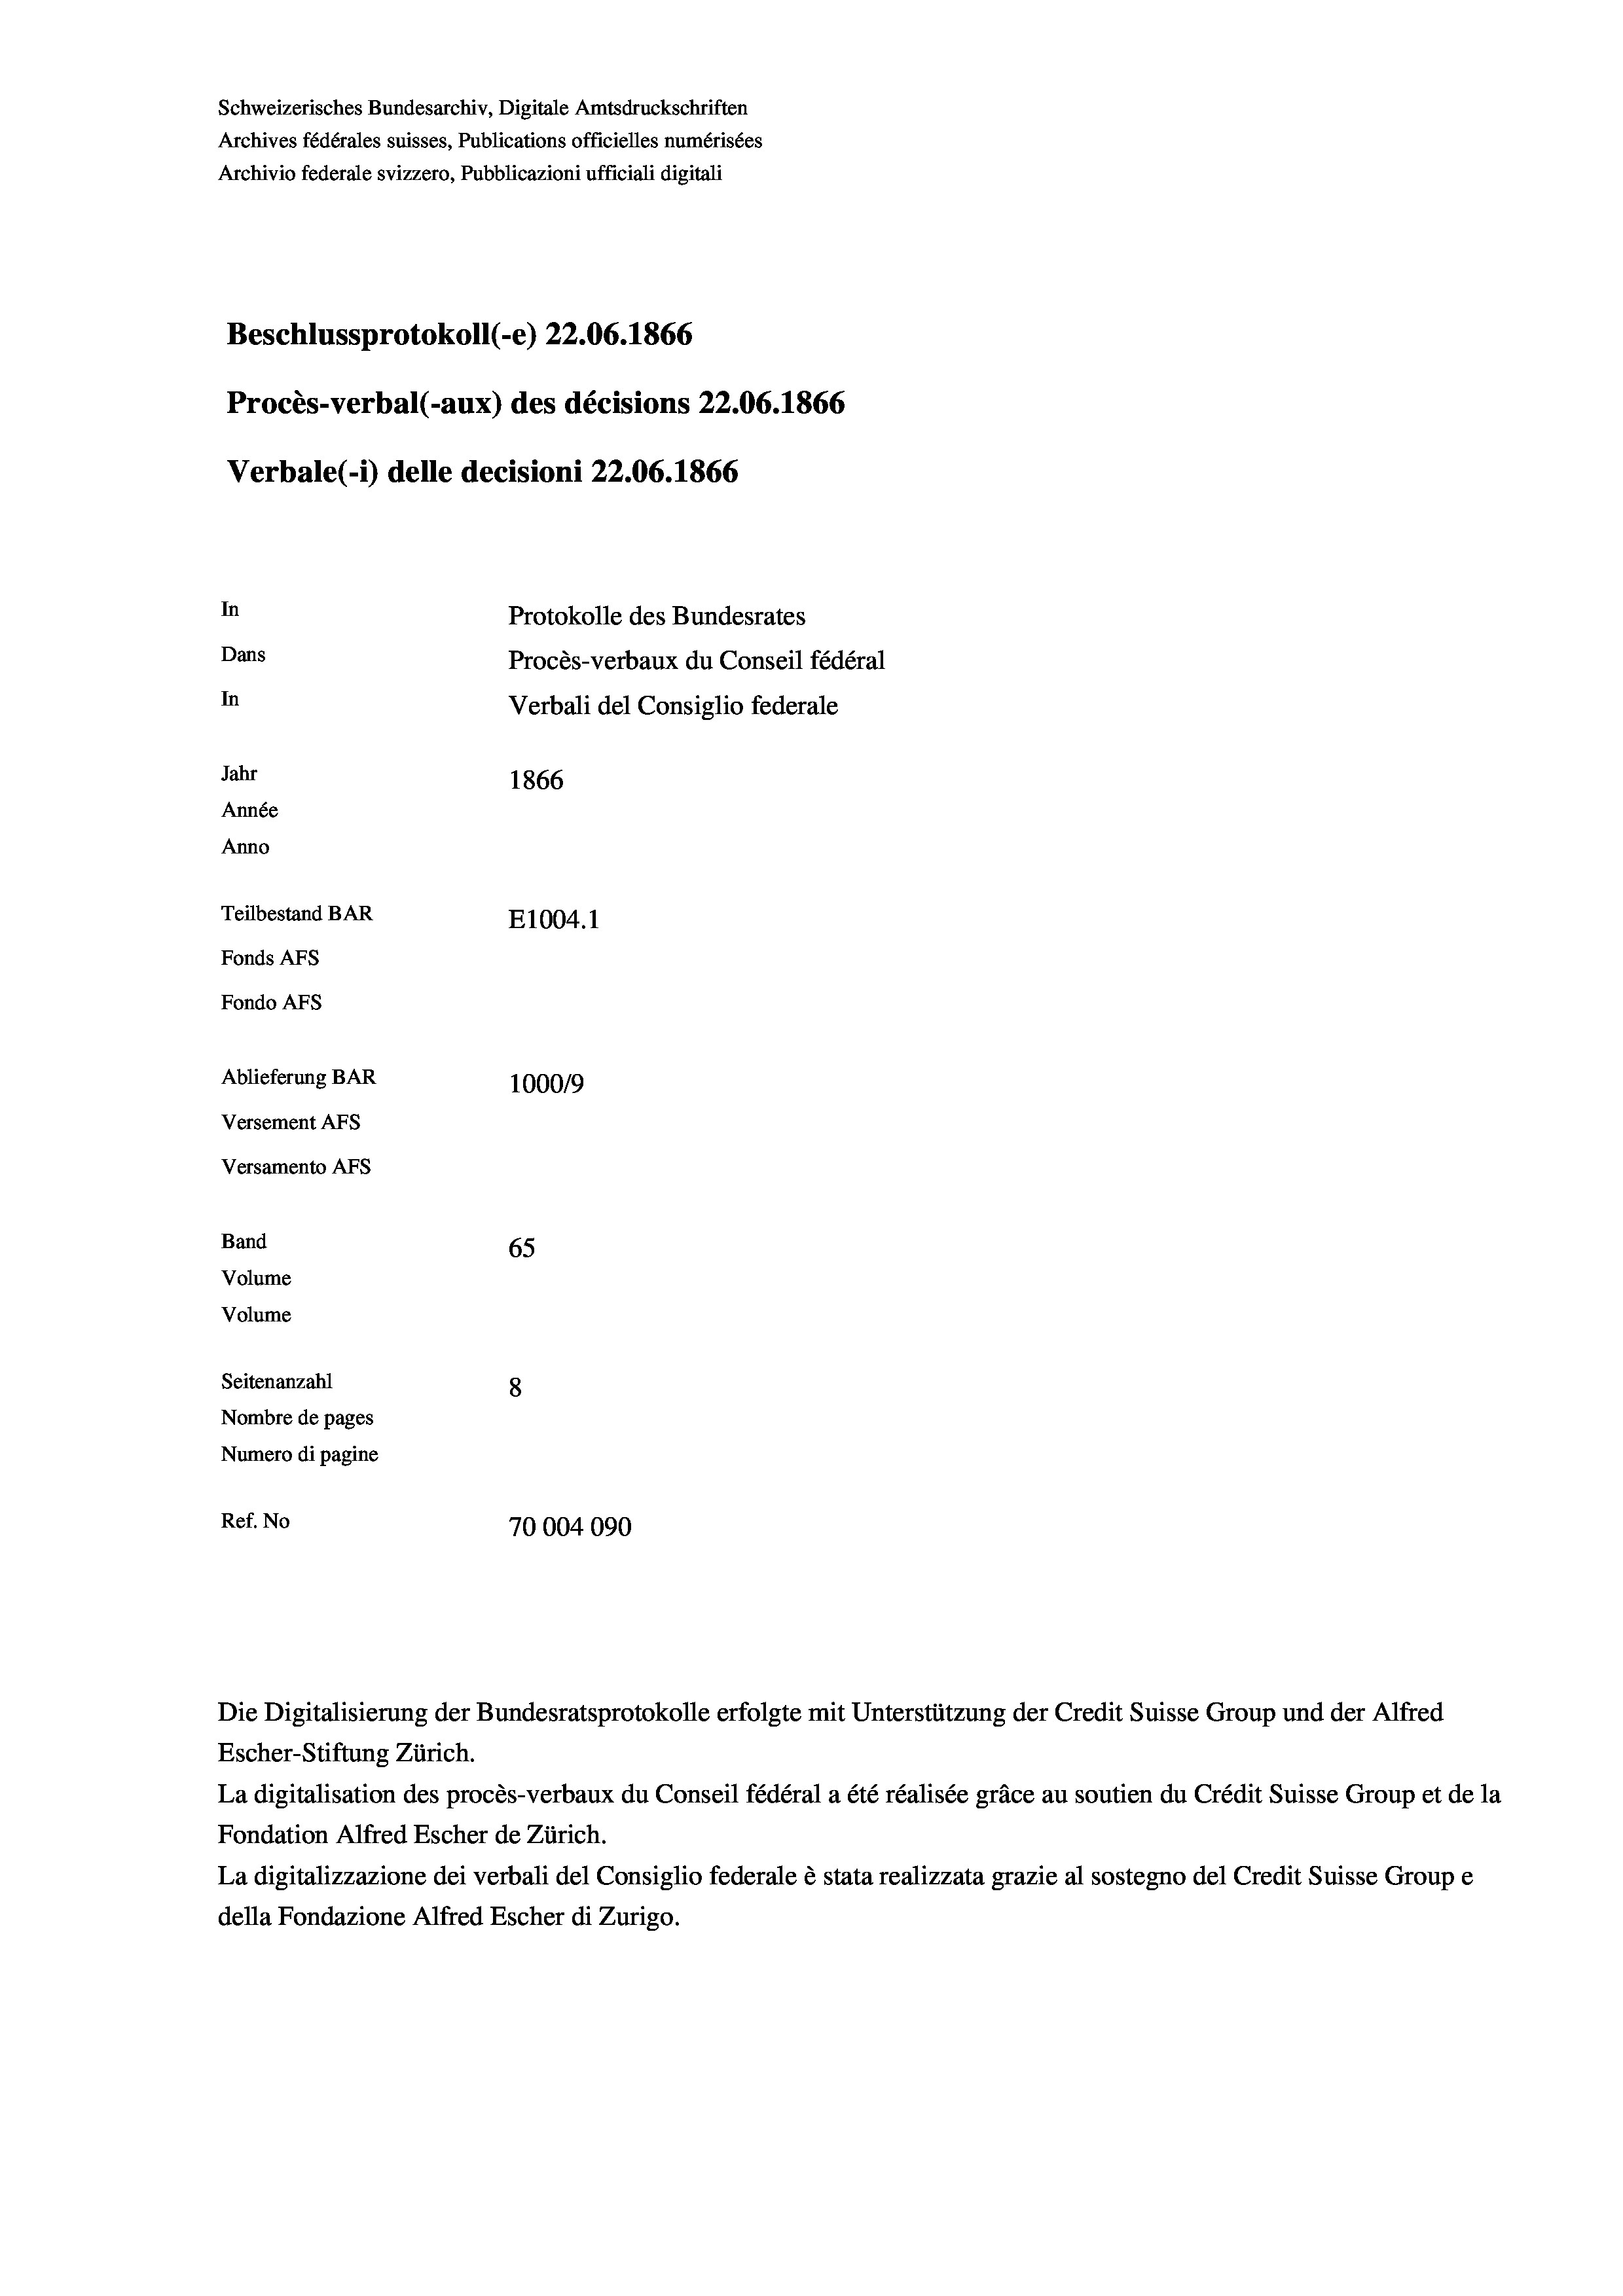
Schweizerisches Bundesarchiv, Digitale Amtsdruckschriften
Archives fédérales suisses, Publications officielles numérisées
Archivio federale svizzero, Pubblicazioni ufficiali digitali
Beschlussprotokoll (-e) 22.06. 1866
Procès-verbal (-aux) des décisions 22.06. 1866
Verbale (i) delle decisioni 22.06. 1866
In
Protokolle des Bundesrates
Dans
Procès-verbaux du Conseil fédéral
In
Verbali del Consiglio federale
Jahr
1866
Année
Anno
Teilbestand BAR
E1004. 1
Fonds Afs
Fondo AFS
Ablieferung BAR
100019
Versement AFS
Versamento Afs
Band
65
Volume
Volume

Seitenanzahl
8
Nombre de pages
Numero di pagine
Ref. No
70004090

Escher-Stiftung Zürich.
La digitalisation des procès-verbaux du Conseil fédéral a été réalisée gräce au soutien du Crédit Suisse Group et de la
Fondation Alfred Escher de Zürich.
La digitalizzazione dei verbali del Consiglio federale è stata realizzata grazie al sostegno del Credit Suisse Groupe
della Fondazione Alfred Escher di Zurigo.

Die Digitalisierung der Bundesratsprotokolle erfolgte mit Unterstützung der Credit Suisse Group und der Alfred